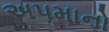
અપમાનો